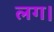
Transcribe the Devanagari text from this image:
लग।